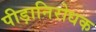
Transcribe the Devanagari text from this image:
पीड़ानिरोधक